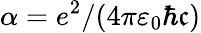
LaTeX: \alpha=e^{2}/(4\pi\varepsilon_{0}\hbar\mathfrak{c})